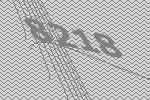
8218